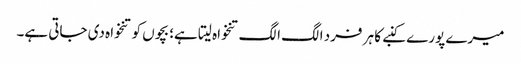
میرے پورے کنبے کا ہر فرد الگ الگ تنخواہ لیتا ہے؛ بچوں کو تنخواہ دی جاتی ہے۔